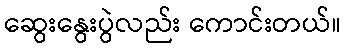
ဆွေးနွေးပွဲလည်း ကောင်းတယ်။